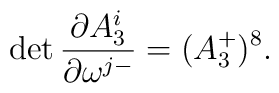
\det {\partial A_3^i  \over  \partial \omega^{j -}} =(A_3^+ )^8.